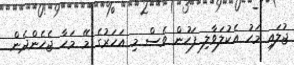
ޖުލައި މަހު އެކުލަވާލި ފަހުން ވެސް މި އަހަރުގެ މޭ މަހާ ޖެހެންދެން